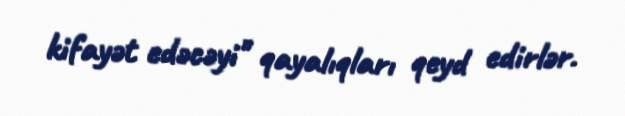
kifayət edəcəyi" qayalıqları qeyd edirlər.